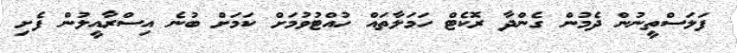
ފަލަސްތީނުން ދެމުން ގެންދާ ރޮކެޓް ހަމަލާތައް ހުއްޓުވުމަށް ކަމަށް ބުނެ އިސްރާއީލުން ފެށި